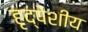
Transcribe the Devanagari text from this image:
हृद्पेशीय